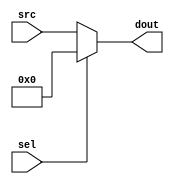
module SLL32( sel, src, dout ) ;

 input sel ;
 input[31:0] src ;
 output[31:0] dout ;
 
 wire[31:0] out ;

 assign dout = (sel == 1'b1) ? 32'b0 : src ;
 
endmodule